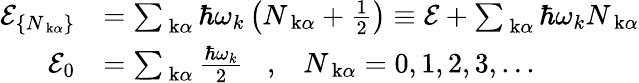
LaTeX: \begin{array}{rl}{\mathcal{E}_{\{ N_{\mathrm{\mathbf~k}\alpha}\} }}&{=\sum_{\mathrm{\mathbf~k}\alpha}\hbar\omega_{k}\left(N_{\mathrm{\mathbf~k}\alpha}+\frac{1}{2}\right)\equiv\mathcal{E}+\sum_{\mathrm{\mathbf~k}\alpha}\hbar\omega_{k}N_{\mathrm{\mathbf~k}\alpha}}\\ {\mathcal{E}_{0}}&{=\sum_{\mathrm{\mathbf~k}\alpha}\frac{\hbar\omega_{k}}{2}\; \; \; ,\; \; \; N_{\mathrm{\mathbf~k}\alpha}=0,1,2,3,...}\end{array}